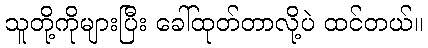
သူတို့ကိုများပြီး ခေါ်ထုတ်တာလို့ပဲ ထင်တယ်။